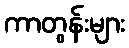
ကာတွန်းများ